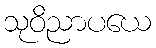
သုဝိညာပယေ